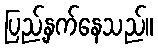
ပြည့်နှက်နေသည်။